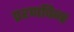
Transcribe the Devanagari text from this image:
प्रश्णचिन्ह